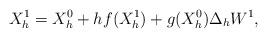
LaTeX: \begin{align*} X_h^1=X_h^0+hf(X_h^1)+g(X_h^0)\Delta_h W^1, \end{align*}